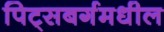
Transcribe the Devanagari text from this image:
पिट्सबर्गमधील